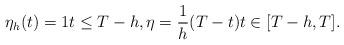
LaTeX: \begin{align*}\eta_h(t)=1 t\leq T-h, \eta=\frac{1}{h}(T-t) t\in[T-h,T].\end{align*}